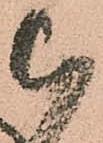
被